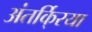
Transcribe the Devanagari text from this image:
अंतर्कि्रया